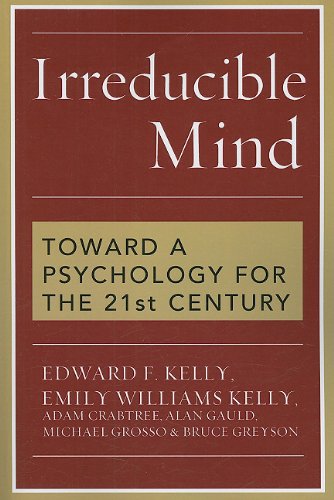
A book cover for Irreducible Mind: Toward a Psychology for the 21st Century; Edward Kelly; Medical Books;